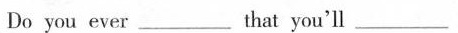
Do you ever ___ that you'll ___